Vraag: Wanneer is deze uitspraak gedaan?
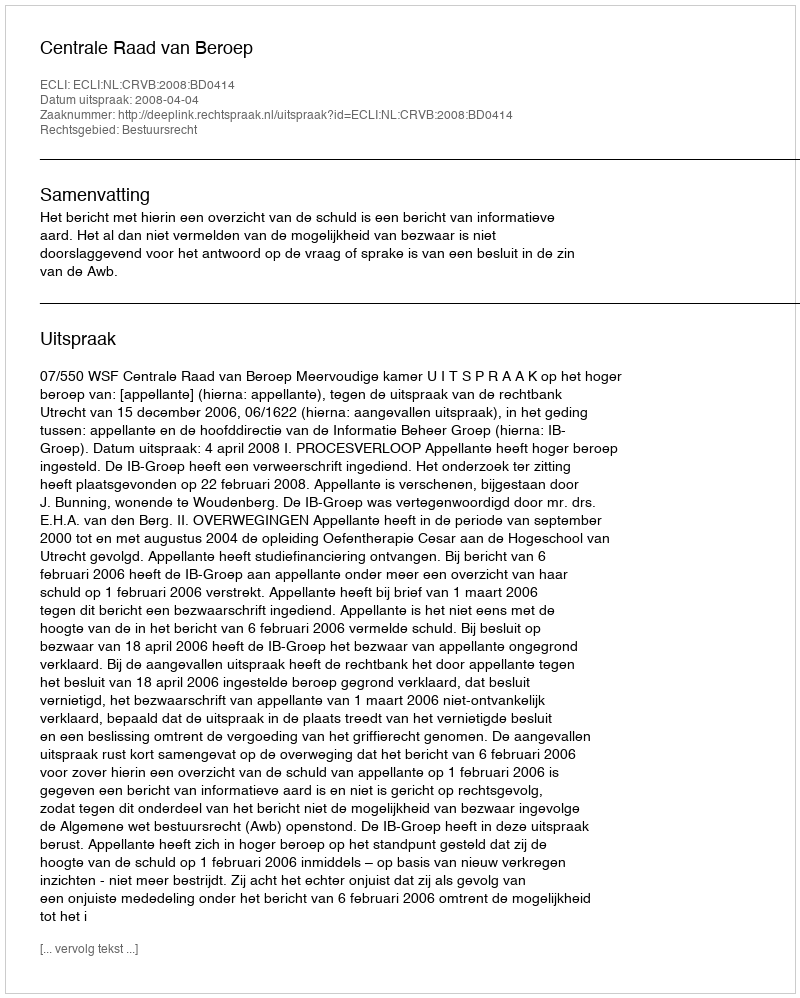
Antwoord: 2008-04-04